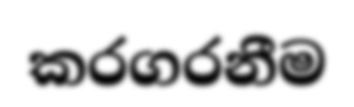
කරගරනීම